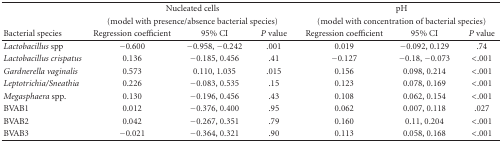
|  | <COLSPAN=3> Nucleated cells | <COLSPAN=3> pH |
 |  | <COLSPAN=3> (model with presence/absence bacterial species) | <COLSPAN=3> (model with concentration of bacterial species) |
 | Bacterial species | Regression coefficient | 95% CI | P value | Regression coefficient | 95% CI | P value |
 | --- | --- | --- | --- | --- | --- | --- |
 | Lactobacillus spp | −0.600 | −0.958, −0.242 | .001 | 0.019 | −0.092, 0.129 | .74 |
 | Lactobacillus crispatus | 0.136 | −0.185, 0.456 | .41 | −0.127 | −0.18, −0.073 | <.001 |
 | Gardnerella vaginalis | 0.573 | 0.110, 1.035 | .015 | 0.156 | 0.098, 0.214 | <.001 |
 | Leptotrichia/Sneathia | 0.226 | −0.083, 0.535 | .15 | 0.123 | 0.078, 0.169 | <.001 |
 | Megasphaera spp. | 0.130 | −0.196, 0.456 | .43 | 0.108 | 0.062, 0.154 | <.001 |
 | BVAB1 | 0.012 | −0.376, 0.400 | .95 | 0.062 | 0.007, 0.118 | .027 |
 | BVAB2 | 0.042 | −0.267, 0.351 | .79 | 0.160 | 0.11, 0.204 | <.001 |
 | BVAB3 | −0.021 | −0.364, 0.321 | .90 | 0.113 | 0.058, 0.168 | <.001 |